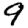
Digit: 9